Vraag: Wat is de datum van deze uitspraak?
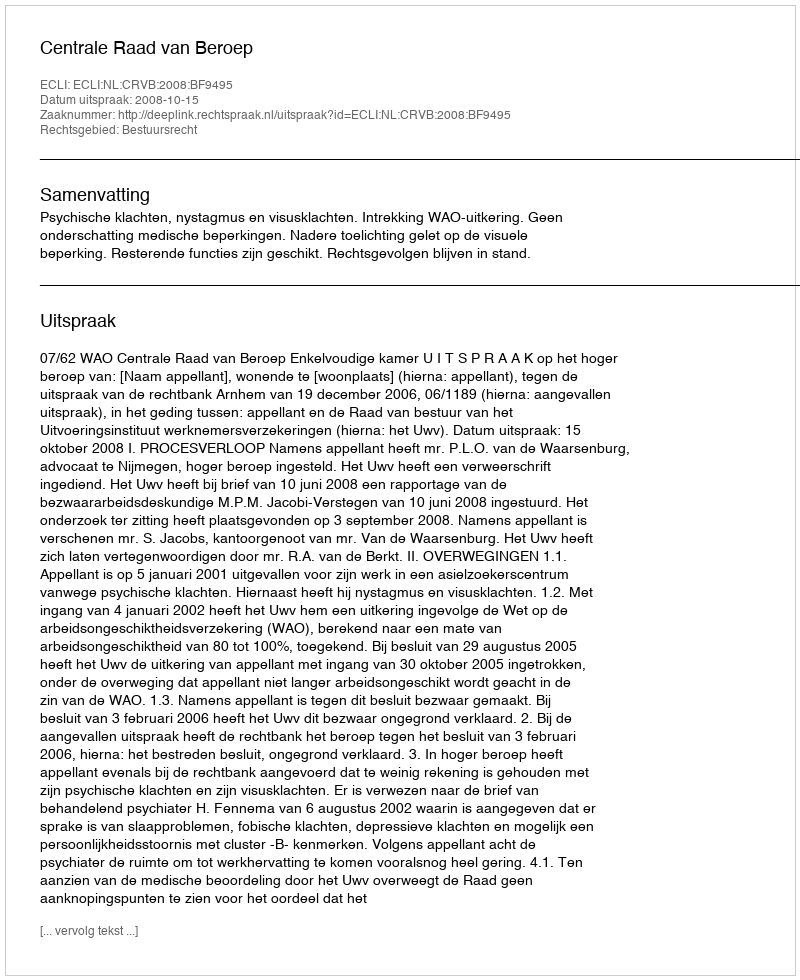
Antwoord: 2008-10-15